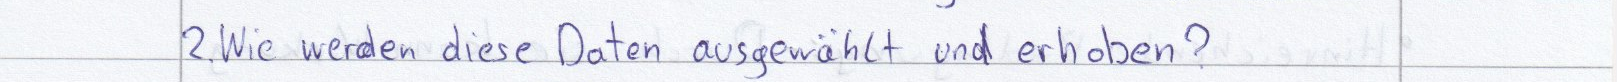
2. Wie werden diese Daten ausgewählt und erhoben?